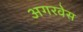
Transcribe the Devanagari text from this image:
अगरवेस